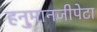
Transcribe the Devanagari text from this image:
हनु्मानजीपेटा